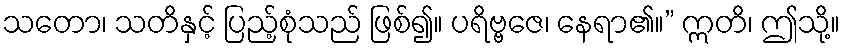
သတော၊ သတိနှင့် ပြည့်စုံသည် ဖြစ်၍။ ပရိဗ္ဗဇေ၊ နေရာ၏။” ဣတိ၊ ဤသို့။